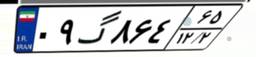
۰۹گ۸۶۴۶۵